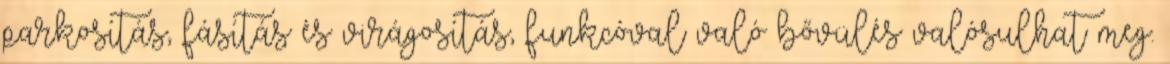
parkosítás, fásítás és virágosítás, funkcóval való bővülés valósulhat meg.